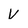
Character: V